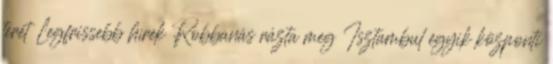
terét Legfrissebb hírek Robbanás rázta meg Isztambul egyik központi